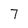
Character: 7